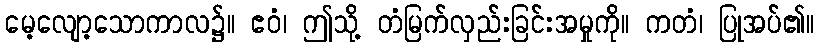
မေ့လျော့သောကာလ၌။ ဧဝံ၊ ဤသို့ တံမြက်လှည်းခြင်းအမှုကို။ ကတံ၊ ပြုအပ်၏။